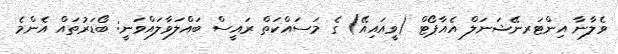
ވެލާނާ އިންޓަރނޭޝަނަލް އެއާޕޯޓް (ވީއައިއޭ) ގެ މަސައްކަތް ރަައީސް ބައްލަވާލައްވަނީ: ބޯޑަރުތައް އެންމެ